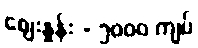
ဈေးနှုန်း - ၅၀၀၀ ကျပ်